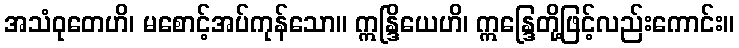
အသံဝုတေဟိ၊ မစောင့်အပ်ကုန်သော။ ဣန္ဒြိယေဟိ၊ ဣန္ဒြေတို့ဖြင့်လည်းကောင်း။